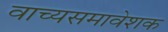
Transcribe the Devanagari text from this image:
वाच्यसमावेशक